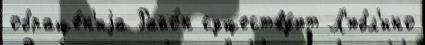
обраще́н'иjа Райо́н существу́ют Л'юбл'ино